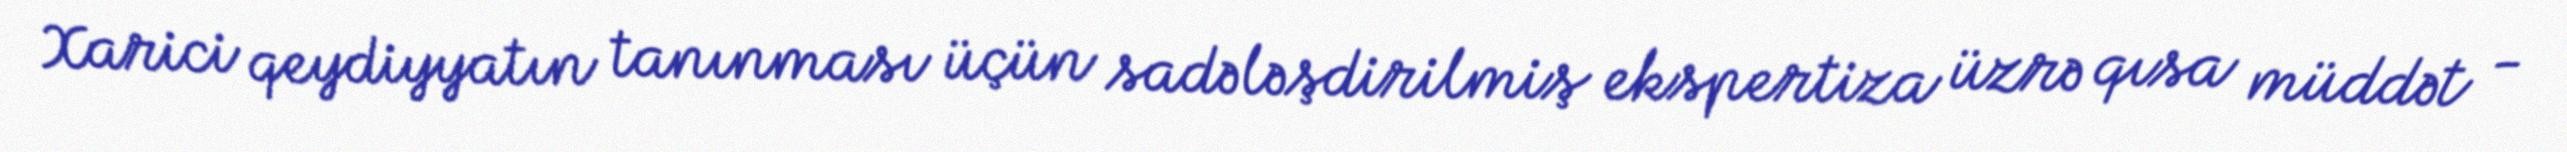
Xarici qeydiyyatın tanınması üçün sadələşdirilmiş ekspertiza üzrə qısa müddət -